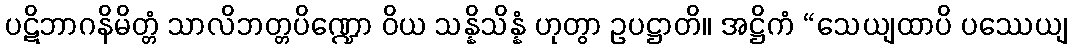
ပဋိဘာဂနိမိတ္တံ သာလိဘတ္တပိဏ္ဍော ဝိယ သန္နိသိန္နံ ဟုတွာ ဥပဋ္ဌာတိ။ အဋ္ဌိကံ “သေယျထာပိ ပဿေယျ